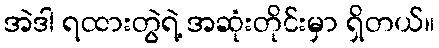
အဲဒါ ရထားတွဲရဲ့ အဆုံးတိုင်းမှာ ရှိတယ်။